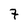
Character: 7